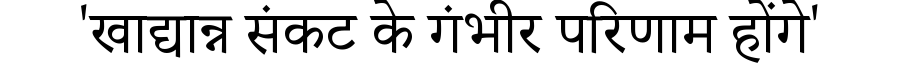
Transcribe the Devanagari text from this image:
'खाद्यान्न संकट के गंभीर परिणाम होंगे'